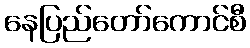
နေပြည်တော်ကောင်စီ